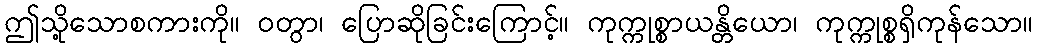
ဤသို့သောစကားကို။ ဝတွာ၊ ပြောဆိုခြင်းကြောင့်။ ကုက္ကုစ္စာယန္တိယော၊ ကုက္ကုစ္စရှိကုန်သော။